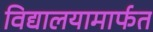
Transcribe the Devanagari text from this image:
विद्यालयामार्फत